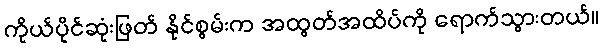
ကိုယ်ပိုင်ဆုံးဖြတ် နိုင်စွမ်းက အထွတ်အထိပ်ကို ရောက်သွားတယ်။